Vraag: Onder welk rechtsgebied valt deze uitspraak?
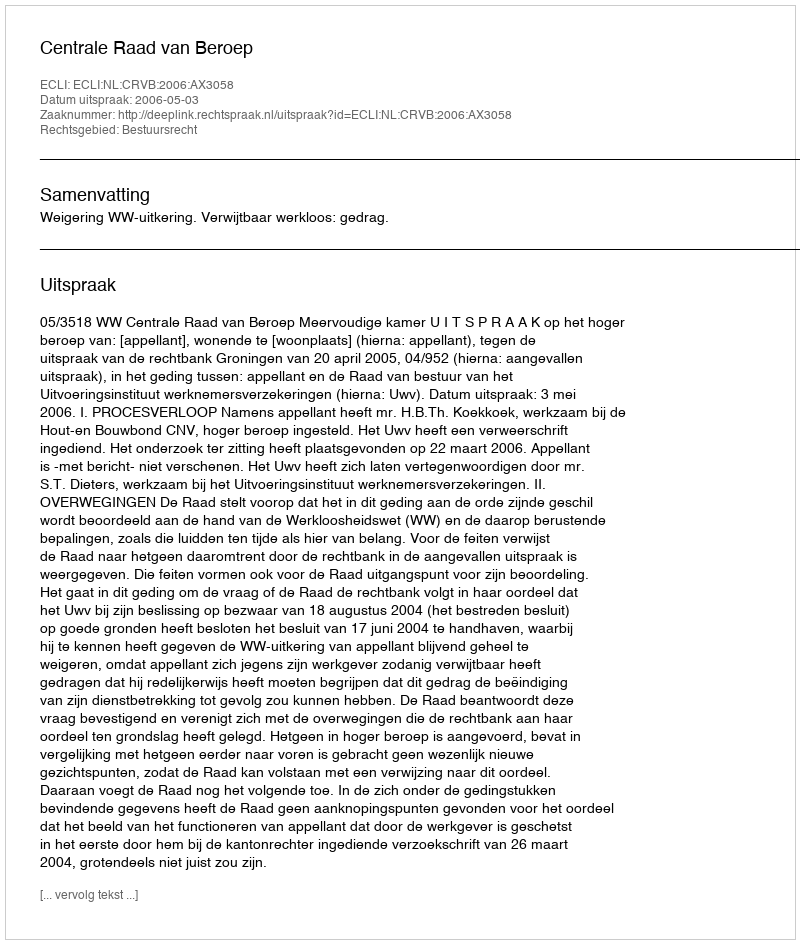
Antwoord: Bestuursrecht